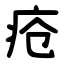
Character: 疮